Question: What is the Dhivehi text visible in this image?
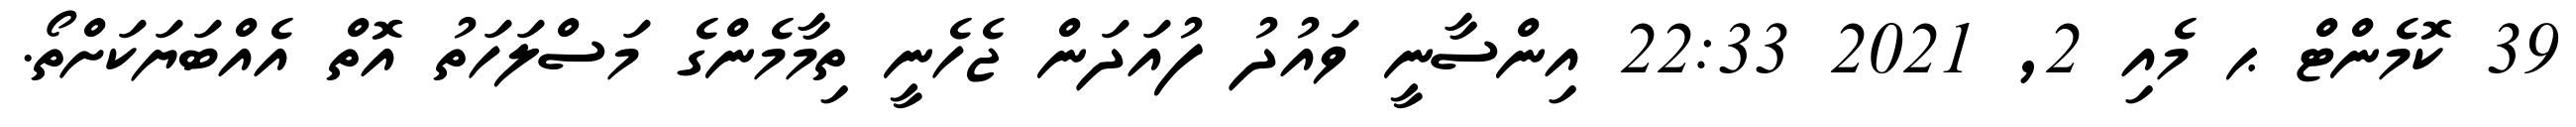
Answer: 39 ކޮމެންޓް ޙ މެއި 2, 2021 22:33 އިންސާނީ ވައުދު ފުއަދަން ޖެހެނީ ތިމާމެންގެ މަސްލަހަތު އޮތް އެއްބަޔަކަށްތޯ.